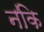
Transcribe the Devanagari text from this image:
न॑कि